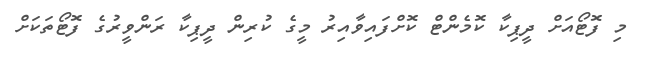
މި ފޮޓޯއަށް ދީޕިކާ ކޮމެންޓް ކޮށްފައިވާއިރު މީގެ ކުރިން ދީޕިކާ ރަންވީރުގެ ފޮޓޯތަކަށް